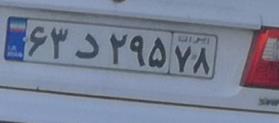
۶۳د۲۹۵۷۸